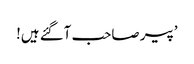
’پیر صاحب آگئے ہیں!